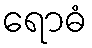
ရောဓံ